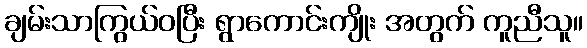
ချမ်းသာကြွယ်ဝပြီး ရွာကောင်းကျိုး အတွက် ကူညီသူ။